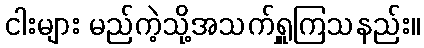
ငါးများ မည်ကဲ့သို့အသက်ရှူကြသနည်း။